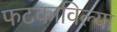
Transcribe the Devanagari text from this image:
फटकाविल्या